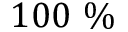
1 0 0 ~ \%